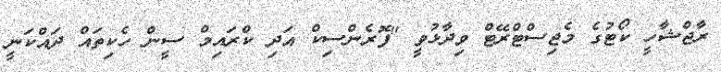
ރާޖްޝާހީ ކޯޓުގެ މެޖިސްޓްރޭޓް ވިދާޅުވީ "ފޮރެންސިކް އަދި ކްރައިމް ސީން ހެކިތައް ދައްކަނީ